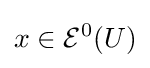
x\in {\mathcal {E}}^{0}(U)